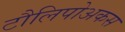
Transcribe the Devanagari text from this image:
टौलिपोअकस